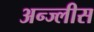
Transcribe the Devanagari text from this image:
अन्ज्लीस